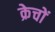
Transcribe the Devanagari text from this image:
क्रेचों